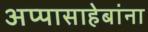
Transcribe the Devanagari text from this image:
अप्पासाहेबांना